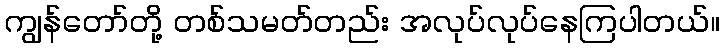
ကျွန်တော်တို့ တစ်သမတ်တည်း အလုပ်လုပ်နေကြပါတယ်။